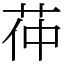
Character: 茽